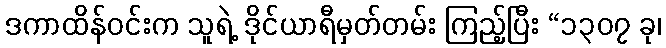
ဒကာထိန်ဝင်းက သူရဲ့ ဒိုင်ယာရီမှတ်တမ်း ကြည့်ပြီး “၁၃၀၇ ခု၊